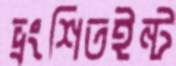
ভ্রংশিতইন্ট